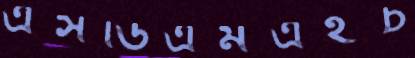
এসডিএমএইচ